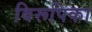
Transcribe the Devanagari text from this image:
विरूपिका